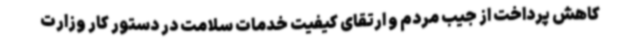
کاهش پرداخت از جیب مردم و ارتقای کیفیت خدمات سلامت در دستور کار وزارت